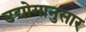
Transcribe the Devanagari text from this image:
उद्योगानुसार